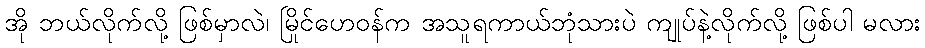
အို ဘယ်လိုက်လို့ ဖြစ်မှာလဲ၊ မြိုင်ဟေဝန်က အသူရကာယ်ဘုံသားပဲ ကျုပ်နဲ့လိုက်လို့ ဖြစ်ပါ မလား